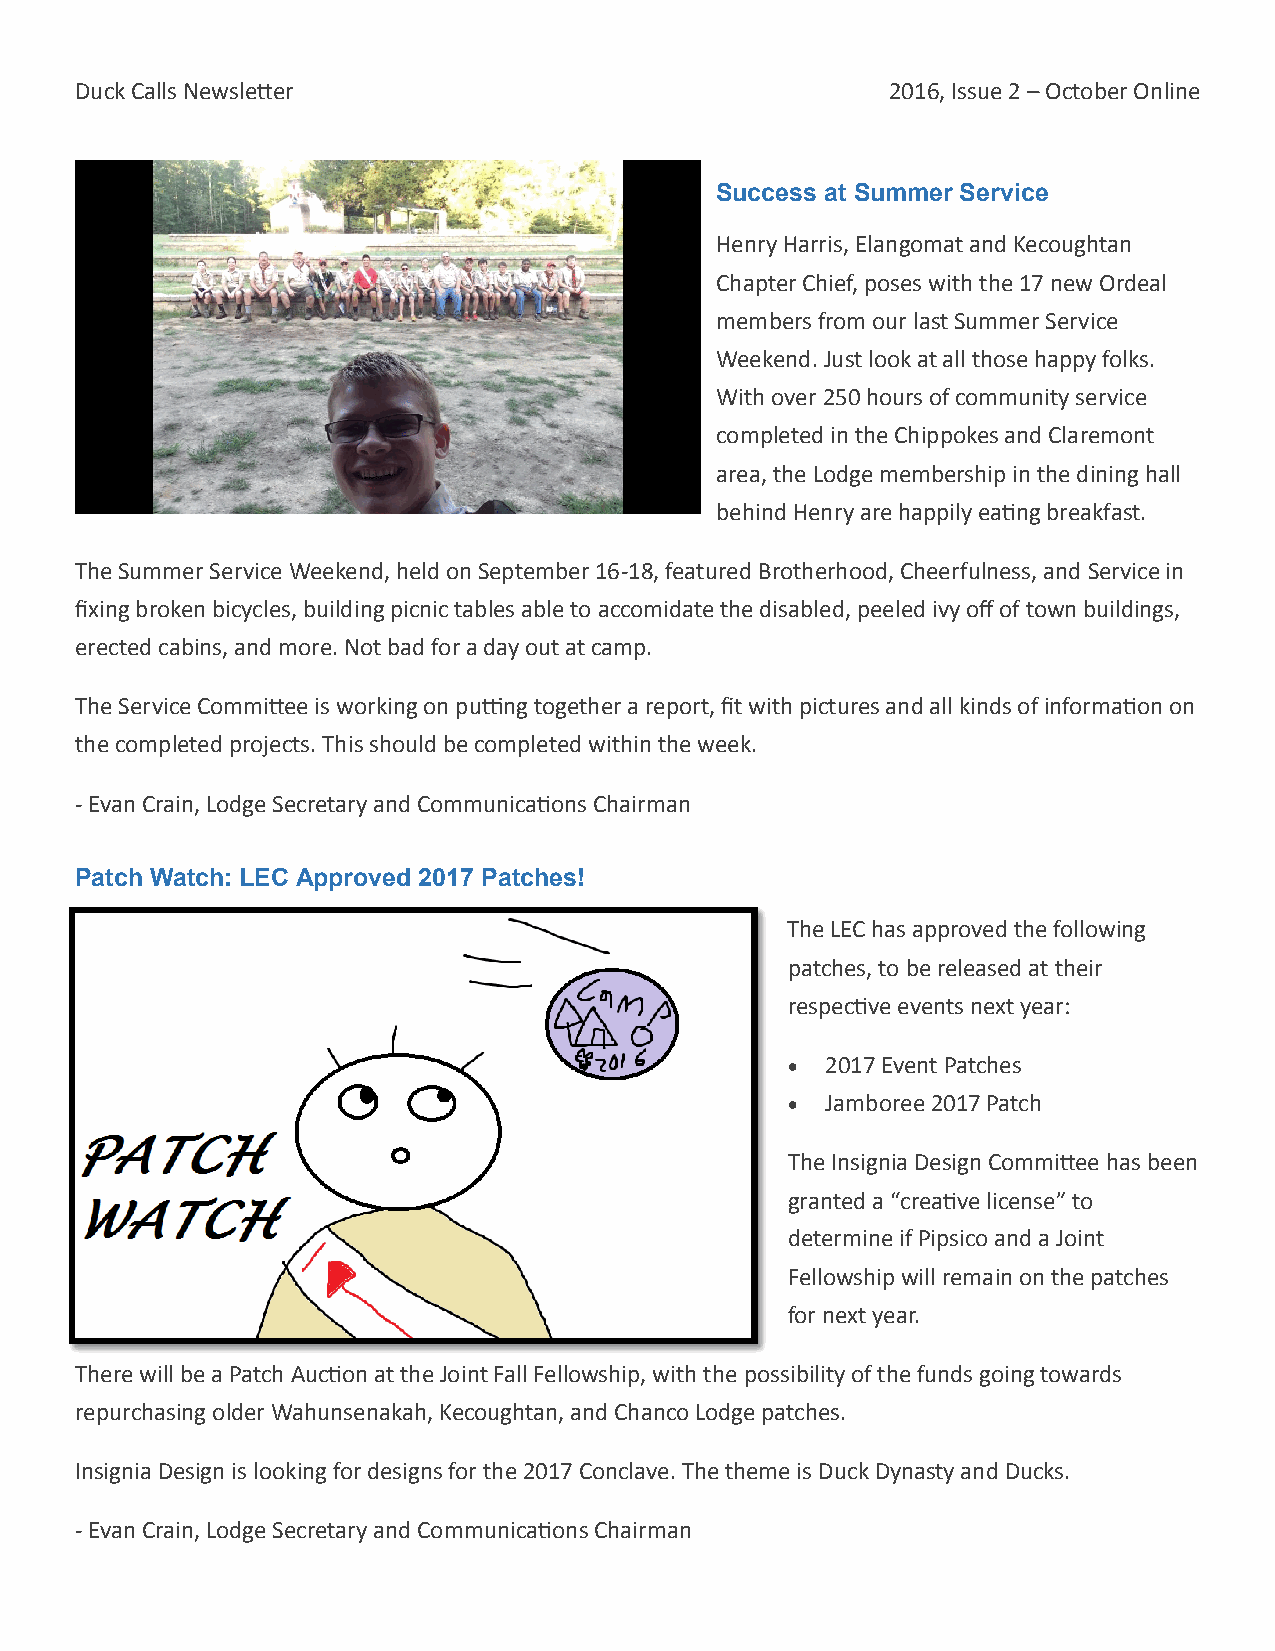
Duck Calls Newsletter                                 2016, Issue 2 – October Online
 Success at Summer Service
 Henry Harris, Elangomat and Kecoughtan
 Chapter Chief, poses with the 17 new Ordeal
 members from our last Summer Service
 Weekend. Just look at all those happy folks.
 With over 250 hours of community service
 completed in the Chippokes and Claremont
 area, the Lodge membership in the dining hall
 behind Henry are happily eating breakfast.
 The Summer Service Weekend, held on September 16-18, featured Brotherhood, Cheerfulness, and Service in
 fixing broken bicycles, building picnic tables able to accomidate the disabled, peeled ivy off of town buildings,
 erected cabins, and more. Not bad for a day out at camp.
 The Service Committee is working on putting together a report, fit with pictures and all kinds of information on
 the completed projects. This should be completed within the week.
 - Evan Crain, Lodge Secretary and Communications Chairman
 Patch Watch: LEC Approved 2017 Patches!
 The LEC has approved the following
 patches, to be released at their
 respective events next year:
   2017 Event Patches
   Jamboree 2017 Patch
 The Insignia Design Committee has been
 granted a “creative license” to
 determine if Pipsico and a Joint
 Fellowship will remain on the patches
 for next year.
 There will be a Patch Auction at the Joint Fall Fellowship, with the possibility of the funds going towards
 repurchasing older Wahunsenakah, Kecoughtan, and Chanco Lodge patches.
 Insignia Design is looking for designs for the 2017 Conclave. The theme is Duck Dynasty and Ducks.
 - Evan Crain, Lodge Secretary and Communications Chairman